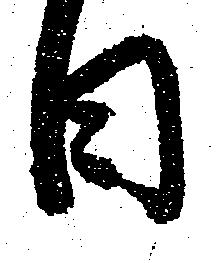
日